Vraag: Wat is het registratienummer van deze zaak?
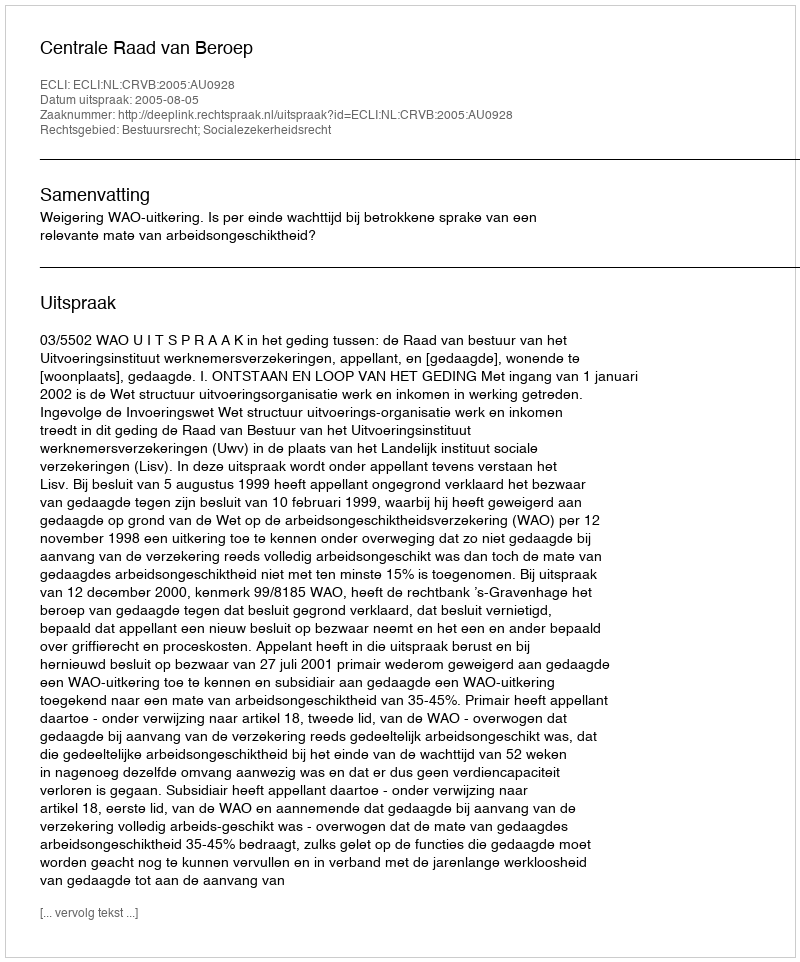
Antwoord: http://deeplink.rechtspraak.nl/uitspraak?id=ECLI:NL:CRVB:2005:AU0928